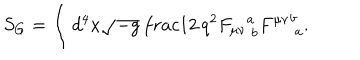
S _ { G } = \int d ^ { 4 } x \sqrt { - g } \, \frac { 1 } { 2 \, q ^ { 2 } } { F _ { \mu \nu } } _ { \ b } ^ { a } { F ^ { \mu \nu } } _ { \ a } ^ { b } .